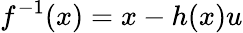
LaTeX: f^{-1}(x)=x-h(x)u